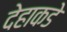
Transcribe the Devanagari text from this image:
देहाकडे